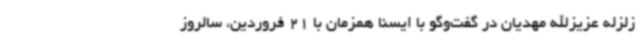
زلزله عزیزالله مهدیان در گفت‌وگو با ایسنا همزمان با 21 فروردین، سالروز